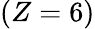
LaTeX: (Z=6)